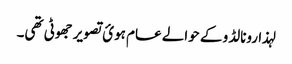
لہذا رونالڈو کے حوالے عام ہوئ تصویر جھوٹی تھی۔